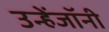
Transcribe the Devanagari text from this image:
उन्हेंजॉनी